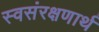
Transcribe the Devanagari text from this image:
स्वसंरक्षणार्थ